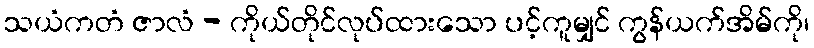
သယံကတံ ဇာလံ - ကိုယ်တိုင်လုပ်ထားသော ပင့်ကူမျှင် ကွန်ယက်အိမ်ကို၊